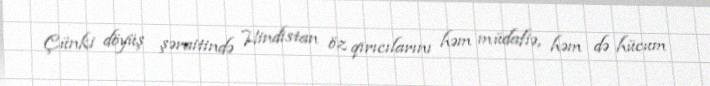
Çünki döyüş şəraitində Hindistan öz qırıcılarını həm müdafiə, həm də hücum